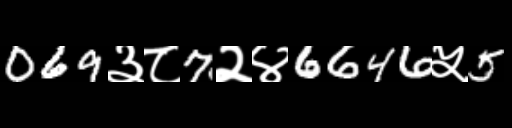
Text: 069३८7२४6646५5